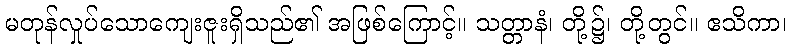
မတုန်လှုပ်သောကျေးဇူးရှိသည်၏ အဖြစ်ကြောင့်။ သတ္တာနံ၊ တို့၌၊ တို့တွင်။ ဧသိကာ၊